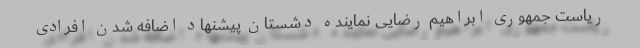
ریاست جمهوری ابراهیم رضایی نماینده دشستان پیشنهاد اضافه شدن افرادی